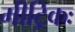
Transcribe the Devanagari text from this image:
मीट्रिकः